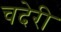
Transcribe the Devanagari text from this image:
चदेरी